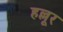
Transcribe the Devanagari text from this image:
हल्लूर